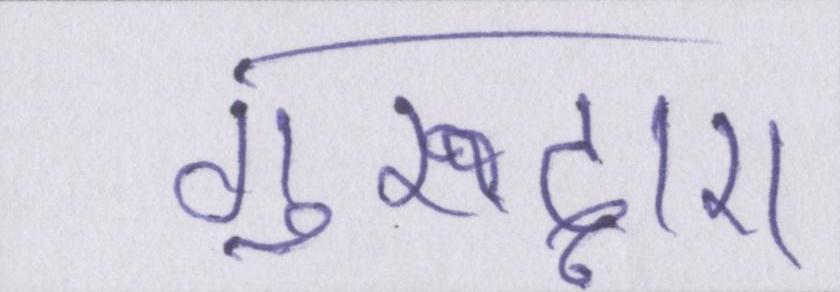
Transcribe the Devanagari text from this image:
गुरुद्वारा